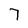
Character: 7